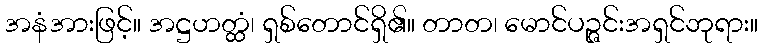
အနံအားဖြင့်။ အဋ္ဌဟတ္ထံ၊ ရှစ်တောင်ရှိ၏။ တာတ၊ မောင်ပဉ္ဇင်းအရှင်ဘုရား။